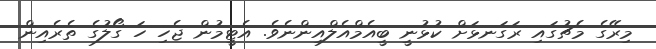
މިރޭގެ މެޗުގައި ރަގަނޅަށް ކުޅުނީ ބީއެމްއެެލްއިންނެވެ. އެޓީމުން ޖެހި ހަ ގޯލުގެ ތެރެއިން